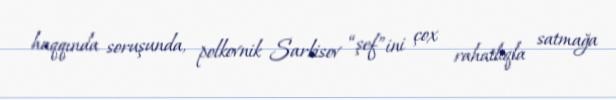
haqqında soruşunda, polkovnik Sarkisov “şef”ini çox rahatlıqla satmağa